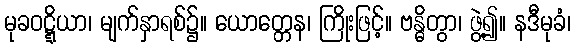
မုခဝဋ္ဋိယာ၊ မျက်နှာရစ်၌။ ယောတ္တေန၊ ကြိုးဖြင့်။ ဗန္ဓိတွာ၊ ဖွဲ့၍။ နဒီမုခံ၊